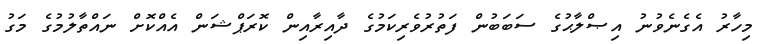
މިހާރު އެގެނެވުނު އިޞްލާޙުގެ ސަބަބުން ފަތުރުވެރިކަމުގެ ދާއިރާއިން ކޮރަޕްޝަން އެއްކޮށް ނައްތާލުމުގެ މަގު